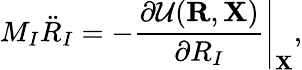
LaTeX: {\displaystyle M_{I}{\ddot{R}}_{I}=-\left.\frac{\partial{\cal U}({\mathbf R},{\mathbf X})}{\partial R_{I}}\right\vert_{\mathbf X},}